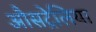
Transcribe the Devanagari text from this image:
औसट्रेलिया